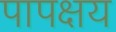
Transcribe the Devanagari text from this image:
पापक्षय